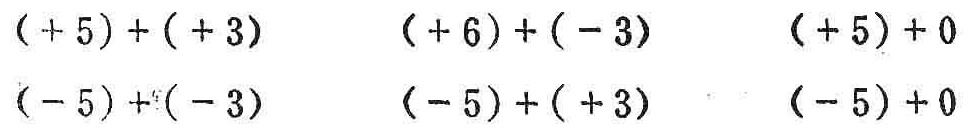
$( + 5)+( + 3)\quad( + 6)+( - 3)\quad( + 5)+0\\(- 5)+( - 3)\quad(- 5)+( + 3)\quad(- 5)+0$